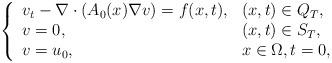
LaTeX: \begin{align*} \left\{ \begin{array}{llr} v_t-\nabla \cdot (A_0(x)\nabla v)=f(x,t), & (x,t)\in Q_T,& \\ v=0, & (x,t)\in S_T,& \\ v=u_0, & x \in \Omega, t=0, & \end{array}\right.\end{align*}